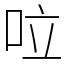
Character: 㕸